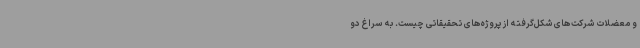
و معضلات شرکت‌های شکل‌گرفته از پروژه‌های تحقیقاتی چیست. به سراغ دو